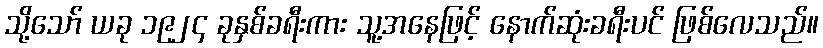
သို့သော် ယခု ၁၉၂၄ ခုနှစ်ခရီးကား သူ့အနေဖြင့် နောက်ဆုံးခရီးပင် ဖြစ်လေသည်။